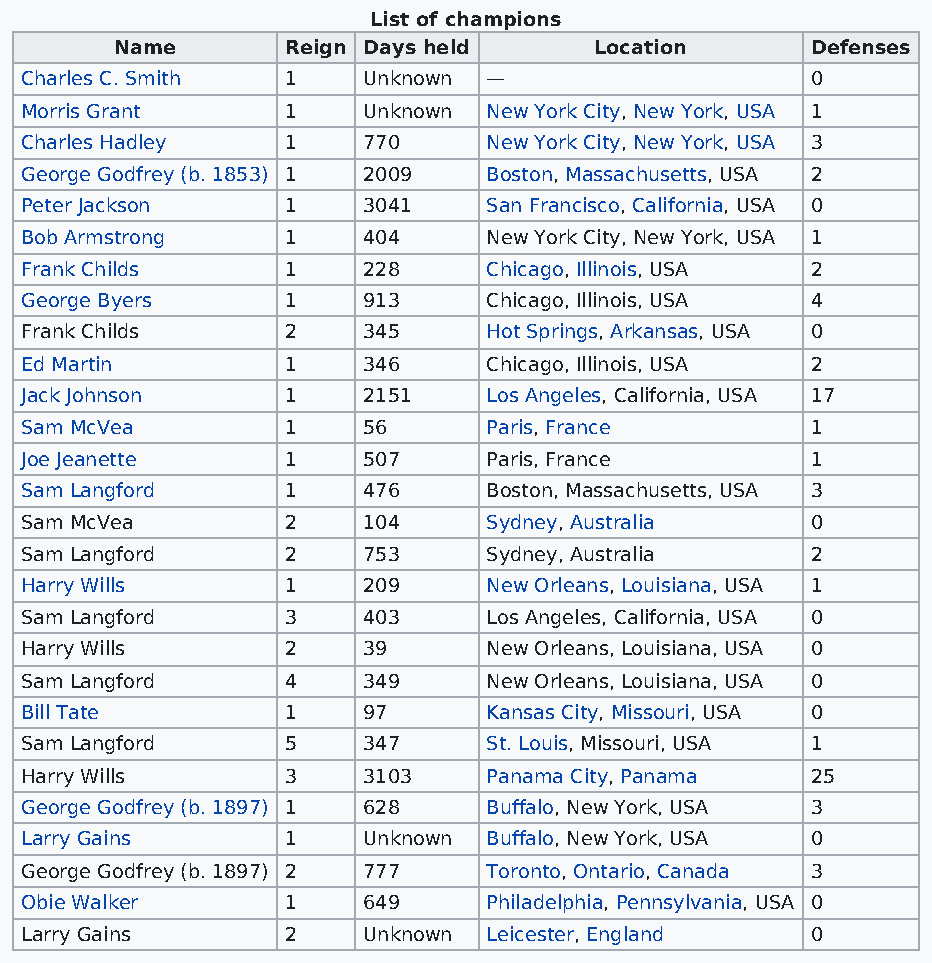
List of champions
 Name       Reign Days held     Location       Defenses
 Charles C. Smith  1    Unknown —                     0
 Morris Grant      1    Unknown New York City, New York, USA 1
 Charles Hadley    1    770     New York City, New York, USA 3
 George Godfrey (b. 1853) 1 2009 Boston, Massachusetts, USA 2
 Peter Jackson     1    3041    San Francisco, California, USA 0
 Bob Armstrong     1    404     New York City, New York, USA 1
 Frank Childs      1    228     Chicago, Illinois, USA 2
 George Byers      1    913     Chicago, Illinois, USA 4
 Frank Childs      2    345     Hot Springs, Arkansas, USA 0
 Ed Martin         1    346     Chicago, Illinois, USA 2
 Jack Johnson      1    2151    Los Angeles, California, USA 17
 Sam McVea         1    56      Paris, France         1
 Joe Jeanette      1    507     Paris, France         1
 Sam Langford      1    476     Boston, Massachusetts, USA 3
 Sam McVea         2    104     Sydney, Australia     0
 Sam Langford      2    753     Sydney, Australia     2
 Harry Wills       1    209     New Orleans, Louisiana, USA 1
 Sam Langford      3    403     Los Angeles, California, USA 0
 Harry Wills       2    39      New Orleans, Louisiana, USA 0
 Sam Langford      4    349     New Orleans, Louisiana, USA 0
 Bill Tate         1    97      Kansas City, Missouri, USA 0
 Sam Langford      5    347     St. Louis, Missouri, USA 1
 Harry Wills       3    3103    Panama City, Panama   25
 George Godfrey (b. 1897) 1 628 Buffalo, New York, USA 3
 Larry Gains       1    Unknown Buffalo, New York, USA 0
 George Godfrey (b. 1897) 2 777 Toronto, Ontario, Canada 3
 Obie Walker       1    649     Philadelphia, Pennsylvania, USA 0
 Larry Gains       2    Unknown Leicester, England    0